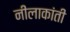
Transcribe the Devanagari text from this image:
नीलाकांती